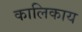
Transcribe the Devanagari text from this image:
कालिकाय